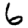
Digit: 6